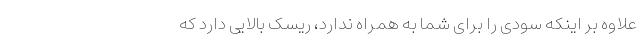
علاوه بر اینکه سودی را برای شما به همراه ندارد، ریسک بالایی دارد که